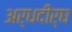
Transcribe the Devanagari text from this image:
अर्धदीर्घ